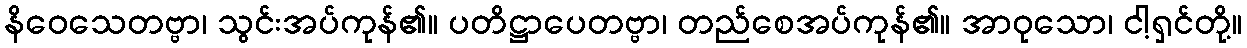
နိဝေသေတဗ္ဗာ၊ သွင်းအပ်ကုန်၏။ ပတိဋ္ဌာပေတဗ္ဗာ၊ တည်စေအပ်ကုန်၏။ အာဝုသော၊ ငါ့ရှင်တို့။